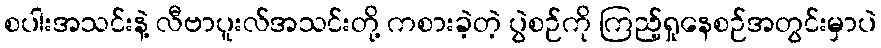
စပါးအသင်းနဲ့ လီဗာပူးလ်အသင်းတို့ ကစားခဲ့တဲ့ ပွဲစဉ်ကို ကြည့်ရှုနေစဉ်အတွင်းမှာပဲ